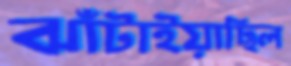
ঝাঁটাইয়াছিল